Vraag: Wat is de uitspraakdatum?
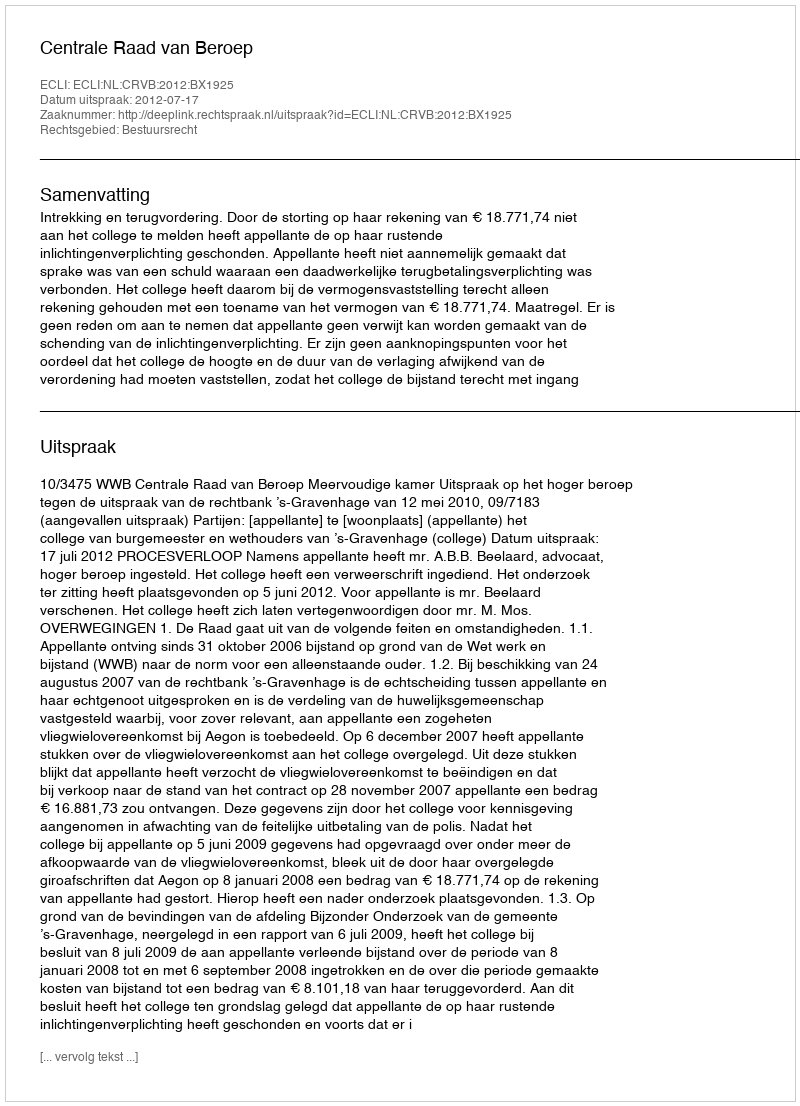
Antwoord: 2012-07-17